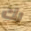
بك